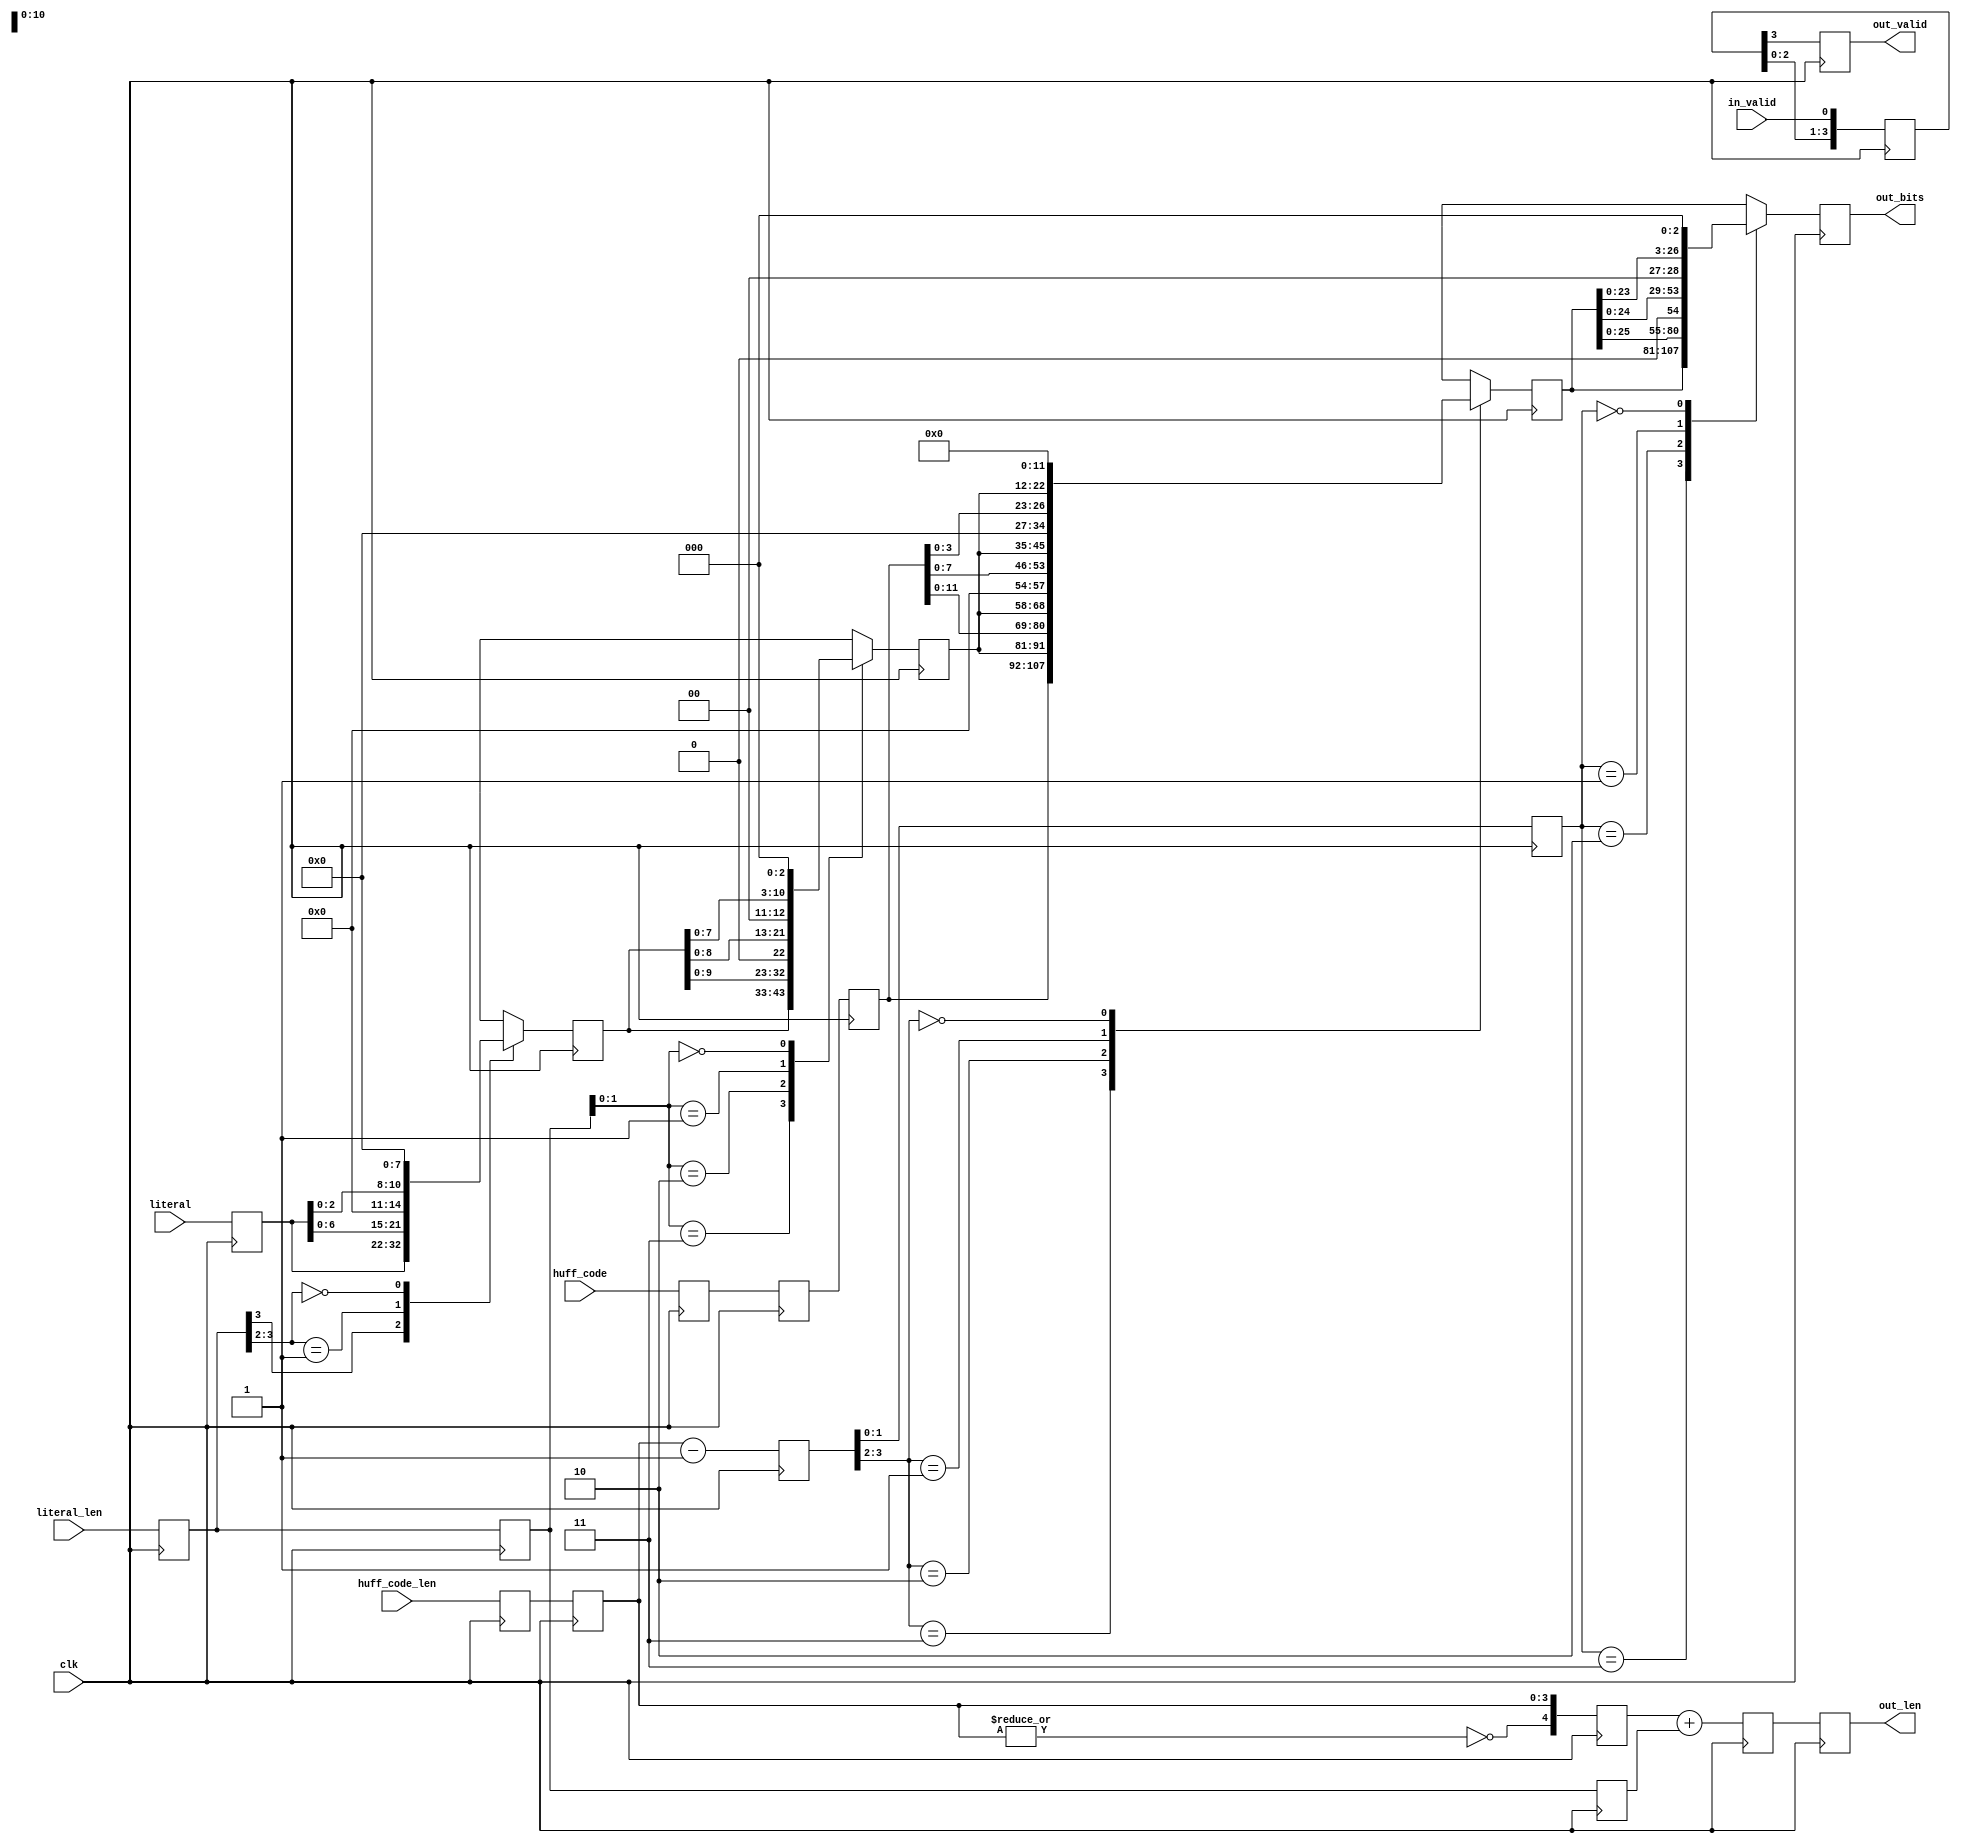
// This program was cloned from: https://github.com/Elphel/x393
// License: GNU General Public License v3.0

/*!
 * <b>Module:</b>huffman_merge_code_literal
 * @file huffman_merge_code_literal.v
 * @date 2015-10-22  
 * @author Andrey Filippov     
 *
 * @brief Merge 1-16 bits of Huffman code with 0..11 bits of literal data,
 * align result to MSB : {huffman,literal, {n{1'b0}}
 *
 * @copyright Copyright (c) 2015 Elphel, Inc .
 *
 * <b>License:</b>
 *
 * huffman_merge_code_literal.v is free software; you can redistribute it and/or modify
 * it under the terms of the GNU General Public License as published by
 * the Free Software Foundation, either version 3 of the License, or
 * (at your option) any later version.
 *
 *  huffman_merge_code_literal.v is distributed in the hope that it will be useful,
 * but WITHOUT ANY WARRANTY; without even the implied warranty of
 * MERCHANTABILITY or FITNESS FOR A PARTICULAR PURPOSE.  See the
 * GNU General Public License for more details.
 *
 * You should have received a copy of the GNU General Public License
 * along with this program.  If not, see <http://www.gnu.org/licenses/> .
 *
 * Additional permission under GNU GPL version 3 section 7:
 * If you modify this Program, or any covered work, by linking or combining it
 * with independent modules provided by the FPGA vendor only (this permission
 * does not extend to any 3-rd party modules, "soft cores" or macros) under
 * different license terms solely for the purpose of generating binary "bitstream"
 * files and/or simulating the code, the copyright holders of this Program give
 * you the right to distribute the covered work without those independent modules
 * as long as the source code for them is available from the FPGA vendor free of
 * charge, and there is no dependence on any encrypted modules for simulating of
 * the combined code. This permission applies to you if the distributed code
 * contains all the components and scripts required to completely simulate it
 * with at least one of the Free Software programs.
 */
`timescale 1ns/1ps

module  huffman_merge_code_literal(
    input             clk,
    input             in_valid,
    input      [15:0] huff_code,
    input      [ 3:0] huff_code_len, // 0 means 16
    input      [10:0] literal,
    input      [ 3:0] literal_len,
    output reg        out_valid, // latency 5 from input
    output reg [26:0] out_bits,  // latency 5 from input
    output reg [ 4:0] out_len    // latency 5 from input
);
    reg        [10:0] lit0;
    reg        [10:0] lit1;
    reg        [10:0] lit2;
    reg        [15:0] huff0; // SR-s will be extracted?
    reg        [15:0] huff1;
    reg        [15:0] huff2;
    reg        [26:0] data3;
    reg         [3:0] llen0;
    reg         [3:0] llen1;
    reg         [3:0] llen2;
    reg         [4:0] olen3;
    reg         [3:0] hlen0;
    reg         [3:0] hlen1;
    reg         [4:0] hlen2;
    reg         [3:0] hlen2m1;
    reg         [1:0] hlen3m1;
    reg         [3:0] valid;
    
    always @ (posedge clk) begin
        // input layer 0
        lit0 <= literal;
        llen0 <= literal_len;
        huff0 <= huff_code;
        hlen0 <= huff_code_len;
        valid[0] <= in_valid;
        // layer 1
        casex (llen0[3:2])
            2'b1x: lit1 <= lit0;
            2'b01: lit1 <= {lit0[6:0],4'b0};
            2'b00: lit1 <= {lit0[2:0],8'b0};
        endcase
        llen1 <= llen0;
        huff1 <= huff0;
        hlen1 <= hlen0;
        valid[1] <= valid[0];
        // layer 2
        case (llen1[1:0])
            2'b11: lit2 <= lit1;
            2'b10: lit2 <= {lit1[9:0], 1'b0};
            2'b01: lit2 <= {lit1[8:0], 2'b0};
            2'b00: lit2 <= {lit1[7:0], 3'b0};
        endcase
        llen2 <= llen1;
        huff2 <= huff1;
        hlen2 <= {~(|hlen1),hlen1};
        hlen2m1 <= hlen1 - 1; // s0 
        valid[2] <= valid[1];
        // layer 3
        olen3 <= hlen2 + llen2;
        case (hlen2m1[3:2])
            2'b11: data3 <= {huff2[15:0],lit2[10:0]};
            2'b10: data3 <= {huff2[11:0],lit2[10:0], 4'b0};
            2'b01: data3 <= {huff2[ 7:0],lit2[10:0], 8'b0};
            2'b00: data3 <= {huff2[ 3:0],lit2[10:0],12'b0};
        endcase
        hlen3m1 <= hlen2m1[1:0];
        valid[3] <= valid[2];
        //layer4
        out_len <= olen3;
        case (hlen3m1[1:0])
            2'b11: out_bits <= data3;
            2'b10: out_bits <= {data3[25:0], 1'b0};
            2'b01: out_bits <= {data3[24:0], 2'b0};
            2'b00: out_bits <= {data3[23:0], 3'b0};
        endcase
        out_valid <= valid[3];
    end    
    

endmodule